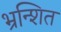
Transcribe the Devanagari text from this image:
भ्रन्शित